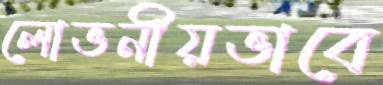
লোভনীয়ভাবে